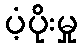
ပံ့ပိုးမှု